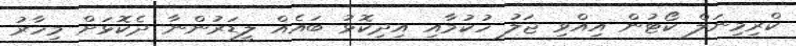
ކްރިމިނަލް ކޯޓުން އިއްވި ޖަލު ހުކުމާއި އިދިކޮޅު ބައެއް ލީޑަރުންނާ ދެކޮޅަށް މިހާރު